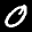
Label: 0